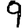
Digit: 9